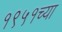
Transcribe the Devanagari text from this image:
१९५१च्या